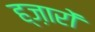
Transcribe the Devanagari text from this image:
ह्ज़ारों